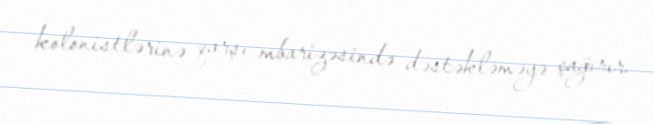
kolonistlərinə qarşı mbarizəsində dəstəkləməyə çağırır.